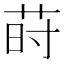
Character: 莳